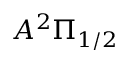
A ^ { 2 } \Pi _ { 1 / 2 }